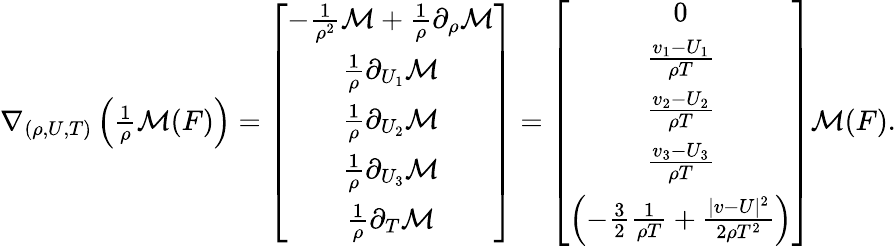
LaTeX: \begin{array}{r}{\nabla_{(\rho,U,T)}\left(\frac{1}{\rho}\mathcal{M}(F)\right)=\left[{\begin{array}{c}{-\frac{1}{\rho^{2}}\mathcal{M}+\frac{1}{\rho}\partial_{\rho}\mathcal{M}}\\ {\frac{1}{\rho}\partial_{U_{1}}\mathcal{M}}\\ {\frac{1}{\rho}\partial_{U_{2}}\mathcal{M}}\\ {\frac{1}{\rho}\partial_{U_{3}}\mathcal{M}}\\ {\frac{1}{\rho}\partial_{T}\mathcal{M}}\end{array}}\right]=\left[{\begin{array}{c}{0}\\ {\frac{v_{1}-U_{1}}{\rho T}}\\ {\frac{v_{2}-U_{2}}{\rho T}}\\ {\frac{v_{3}-U_{3}}{\rho T}}\\ {\left(-\frac{3}{2}\frac{1}{\rho T}+\frac{|v-U|^{2}}{2\rho T^{2}}\right)}\end{array}}\right]\mathcal{M}(F).}\end{array}